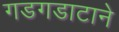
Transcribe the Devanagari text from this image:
गडगडाटाने